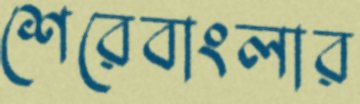
শেরেবাংলার